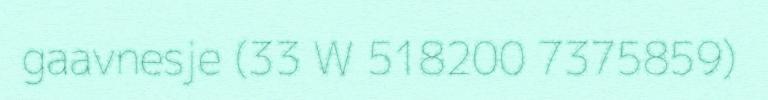
gaavnesje (33 W 518200 7375859)